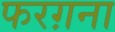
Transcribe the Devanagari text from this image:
फरग़ना